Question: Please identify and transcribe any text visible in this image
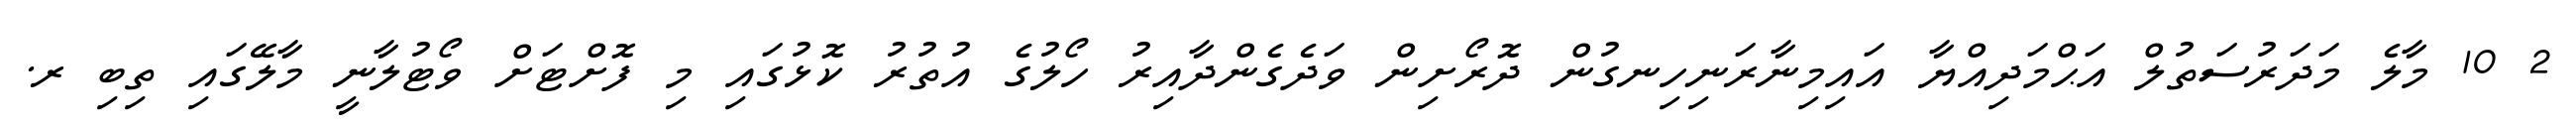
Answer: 2 10 މާލެ މަދަރުސަތުލް އަޙްމަދިއްޔާ އައިމިނާރަނިހިނގުން ދޮރޯށިން ވަދެގެންދާއިރު ހޯލުގެ އުތުރު ކޮޅުގައި މި ފޮށްޓަށް ވޯޓުލާނީ މާލޭގައި ތިބި ރ.